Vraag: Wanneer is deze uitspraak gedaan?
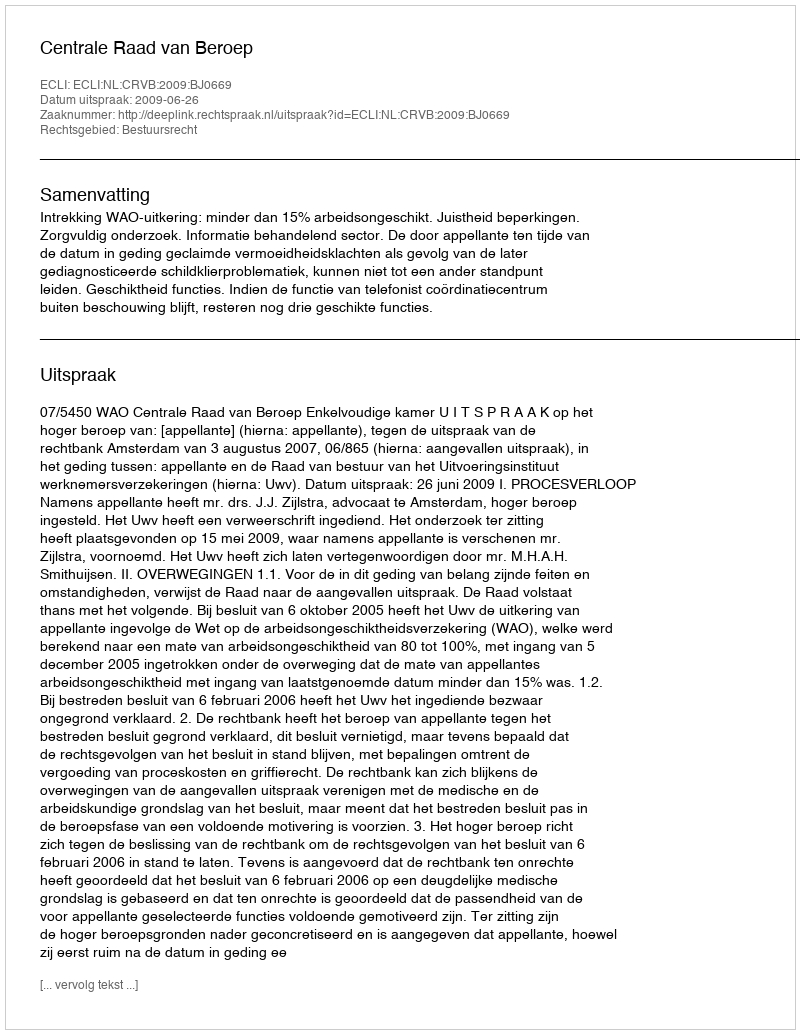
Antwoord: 2009-06-26